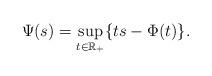
LaTeX: \begin{align*}\Psi(s)=\sup_{t\in\mathbb R_+}\{ts - \Phi(t)\}.\end{align*}